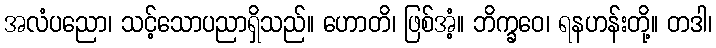
အလံပညော၊ သင့်သောပညာရှိသည်။ ဟောတိ၊ ဖြစ်အံ့။ ဘိက္ခဝေ၊ ရနဟန်းတို့။ တဒါ၊